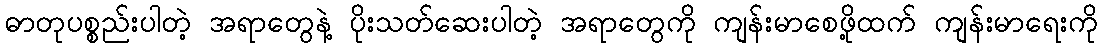
ဓာတုပစ္စည်းပါတဲ့ အရာတွေနဲ့ ပိုးသတ်ဆေးပါတဲ့ အရာတွေကို ကျန်းမာစေဖို့ထက် ကျန်းမာရေးကို